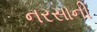
નરસાની